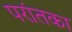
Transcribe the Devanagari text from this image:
परांतका